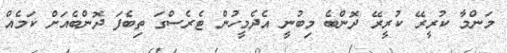
މަންމާ ކުރީރޭ ކުރީރޭ ދޮންބެ މިބުނީ އެދެމީހުން ޓެރެސްގަ ތިބެފަ ދޮންބެއަށް ކަމެއް